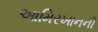
આમિરખાનની